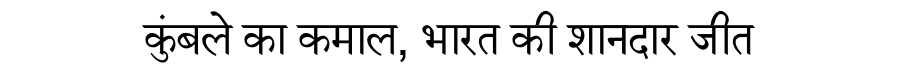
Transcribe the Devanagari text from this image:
कुंबले का कमाल, भारत की शानदार जीत